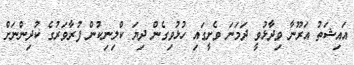
އައިޝަތު އަރޫނާ ވިދާޅުވީ ދަމަނަ ވެށީގައި ހުޅުވިގެން ދިޔަ ކްލިނިކުން ފުރާވަރުގެ ކުދިންނަށް